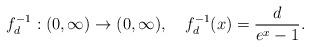
LaTeX: \begin{align*} f_d^{-1}:(0, \infty) \rightarrow (0,\infty), \,\,\,\,\,\, f_d^{-1}(x)=\frac{d}{e^x-1}. \end{align*}